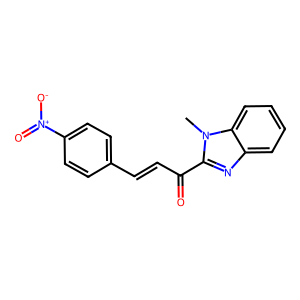
SMILES: Cn1c(C(=O)C=Cc2ccc([N+](=O)[O-])cc2)nc2ccccc21
Inhibits HIV replication: No